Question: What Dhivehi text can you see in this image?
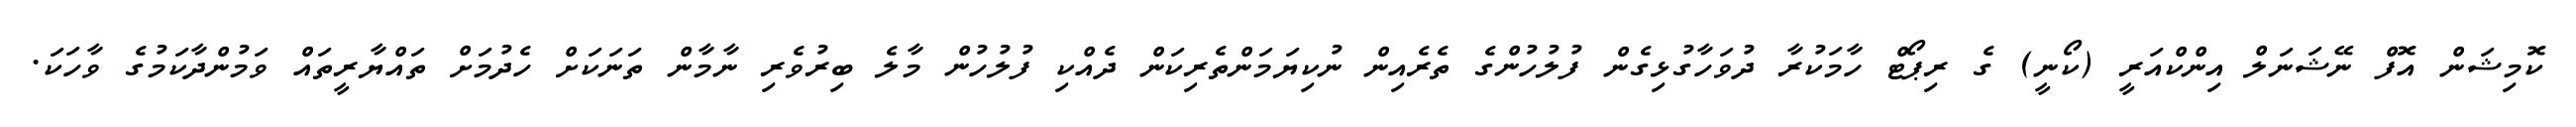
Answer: ކޮމިޝަން އޮފް ނޭޝަނަލް އިންކްއަރީ (ކޯނީ) ގެ ރިޕޯޓް ހާމަކުރާ ދުވަހާގުޅިގެން ފުލުހުންގެ ތެރެއިން ނުކިޔަމަންތެރިކަން ދެއްކި ފުލުހުން މާލެ ބިރުވެރި ނާމާން ތަނަކަށް ހެދުމަށް ތައްޔާރީތައް ވަމުންދާކަމުގެ ވާހަކަ.